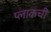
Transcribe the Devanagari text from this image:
प्लाकची